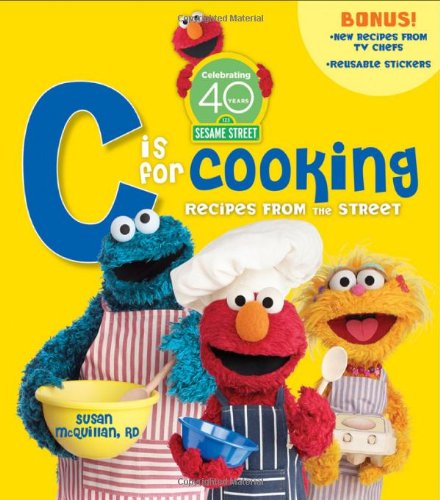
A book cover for Sesame Street "C" is for Cooking, 40th Anniversary Edition; Susan McQuillan; Children's Books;